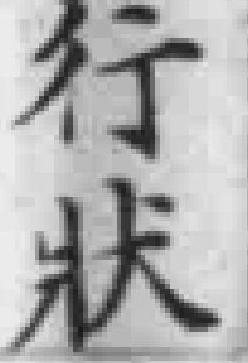
行狀